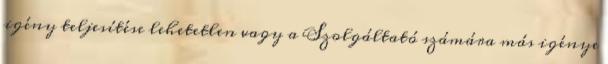
igény teljesítése lehetetlen vagy a Szolgáltató számára más igénye